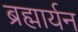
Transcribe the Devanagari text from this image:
ब्रह्मार्यन